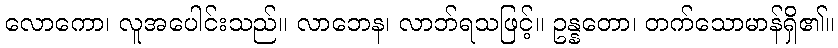
လောကော၊ လူအပေါင်းသည်။ လာဘေန၊ လာဘ်ရသဖြင့်။ ဥန္နတော၊ တက်သောမာန်ရှိ၏။